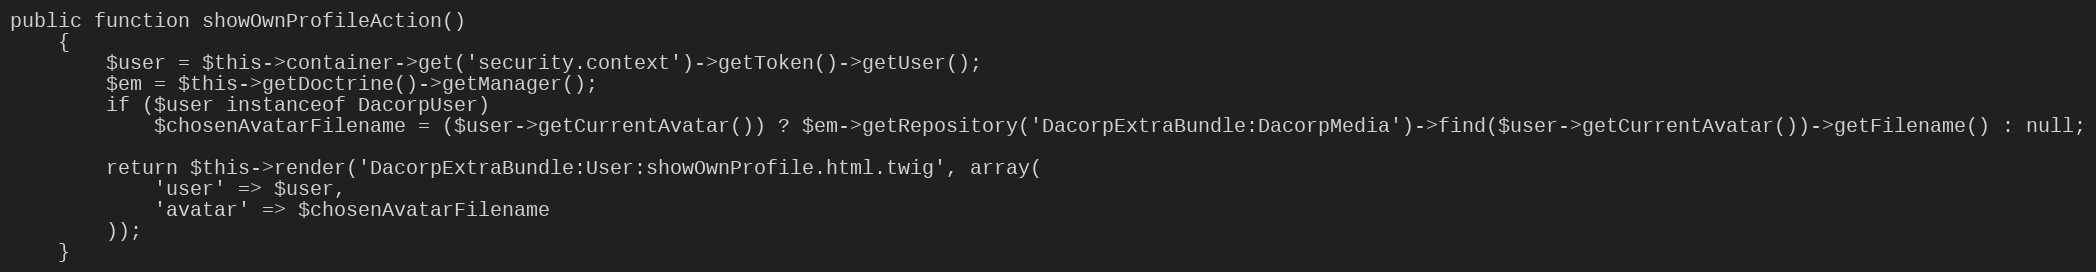
Language: PHP
public function showOwnProfileAction()
    {
        $user = $this->container->get('security.context')->getToken()->getUser();
        $em = $this->getDoctrine()->getManager();
        if ($user instanceof DacorpUser)
            $chosenAvatarFilename = ($user->getCurrentAvatar()) ? $em->getRepository('DacorpExtraBundle:DacorpMedia')->find($user->getCurrentAvatar())->getFilename() : null;

        return $this->render('DacorpExtraBundle:User:showOwnProfile.html.twig', array(
            'user' => $user,
            'avatar' => $chosenAvatarFilename
        ));
    }